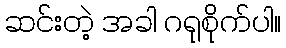
ဆင်းတဲ့ အခါ ဂရုစိုက်ပါ။